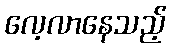
လေ့လာနေသည့်